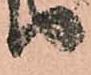
り